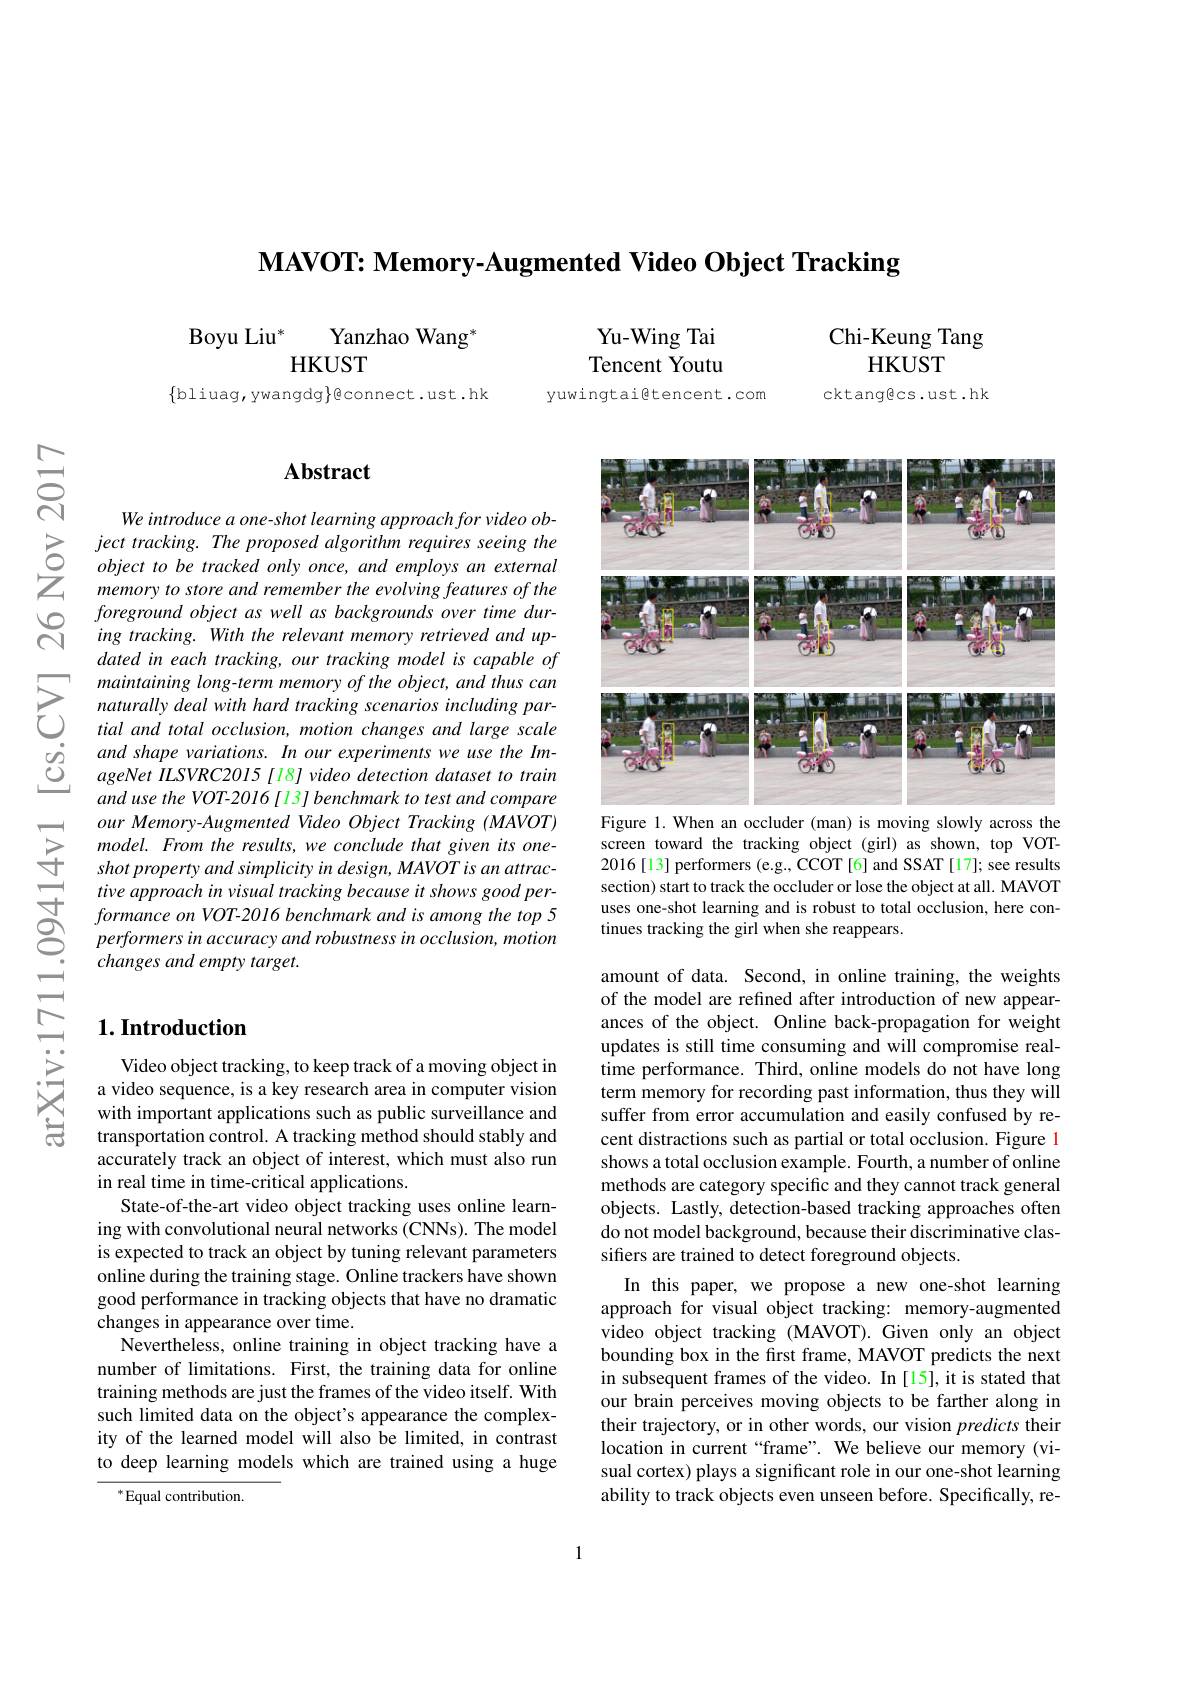
$\textbf{MAVOT: Memory- Augmented Video Object Tracking}$

$\mathrm{Boyu~Liu}^*$
Yanzhao Wang$^{*}$
HKUST

$\{$bliuag, ywangdg$\}$@connect.ust.hk

$ਨ੍ਹੋ$

### $\mathbf{Abstract}$

We introduce a one-shot learning approach for video ob-
$\begin{array}{lll}{}ject\:tracking.\:The\:proposed\:algorithm\:requires\:seeing\:the\\{\textcircled{0}}&object\:to\:be\:tracked\:only\:once,\:and\:employs\:an\:external\\{Z}&memory\:to\:store\:and\:remember\:the\:evolving\:features\:of\:the\end{array} $
foreground object as well as backgrounds over time during tracking. With the relevant memory retrieved and updated in each tracking, our tracking model is capable of maintaining long-term memory of the object, and thus can naturally deal with hard tracking scenarios including partial and total occlusion, motion changes and large scale and shape variations. In our experiments we use the ImageNet ILSVRC2015[18] video detection dataset to train and use the VOT-2016[13]benchmark to test and compare our Memory-Augmented Video Object Tracking (MAVOT) model. From the results, we conclude that given its oneshot property and simplicity in design, MAVOT is an attractive approach in visual tracking because it shows good performance on VOT-2016 benchmark and is among the top 5 performers in accuracy and robustness in occlusion, motion changes and empty target.

## $1. \textbf{Introduction}$

Video object tracking, to keep track of a moving object in a video sequence, is a key research area in computer vision with important applications such as public surveillance and transportation control. A tracking method should stably and accurately track an object of interest, which must also run in real time in time-critical applications.
State-of-the-art video object tracking uses online learning with convolutional neural networks (CNNs). The model is expected to track an object by tuning relevant parameters online during the training stage. Online trackers have shown good performance in tracking objects that have no dramatic changes in appearance over time.
Nevertheless, online training in object tracking have a number of limitations. First, the training data for online training methods are just the frames of the video itself. With such limited data on the object's appearance the complexity of the learned model will also be limited, in contrast to deep learning models which are trained using a huge

$^*$Equal contribution.

Chi-Keung Tang

Yu- Wing Tai Tencent Youtu
yuwingtai@tencent.com

HKUST

cktang@cs.ust.hk

<FigureHere>

Figure 1.When an occluder (man) is moving slowly across the screen toward the tracking object (girl) as shown, top VOT- 2016[13] performers (e.g., CCOT[6] and SSAT[17]; see results section) start to track the occluder or lose the object at all. MAVOT uses one-shot learning and is robust to total occlusion, here continues tracking the girl when she reappears.

amount of data. Second, in online training, the weights of the model are refined after introduction of new appearances of the object. Online back-propagation for weight updates is still time consuming and will compromise realtime performance. Third, online models do not have long term memory for recording past information, thus they will suffer from error accumulation and easily confused by recent distractions such as partial or total occlusion. Figure 1 shows a total occlusion example. Fourth, a number of online methods are category specific and they cannot track general objects. Lastly, detection-based tracking approaches often do not model background, because their discriminative classifiers are trained to detect foreground objects.
In this paper, we propose a new one-shot learning approach for visual object tracking: memory-augmented video object tracking (MAVOT).Given only an object bounding box in the first frame, MAVOT predicts the next in subsequent frames of the video. In [15], it is stated that our brain perceives moving objects to be farther along in their trajectory, or in other words, our vision predicts their location in current “frame”. We believe our memory(visual cortex) plays a significant role in our one-shot learning ability to track objects even unseen before. Specifically, re-

1